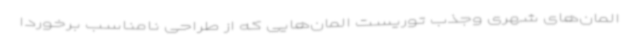
المان‌های شهری وجذب توریست المان‌هایی که از طراحی نامناسب برخوردا